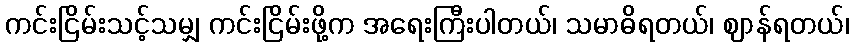
ကင်းငြိမ်းသင့်သမျှ ကင်းငြိမ်းဖို့က အရေးကြီးပါတယ်၊ သမာဓိရတယ်၊ ဈာန်ရတယ်၊